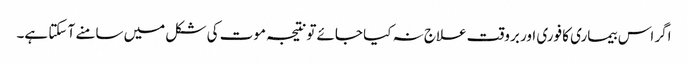
اگر اس بیماری کا فوری اور بروقت علاج نہ کیا جائے تونتیجہ موت کی شکل میں سامنے آ سکتا ہے۔